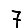
Digit: 7